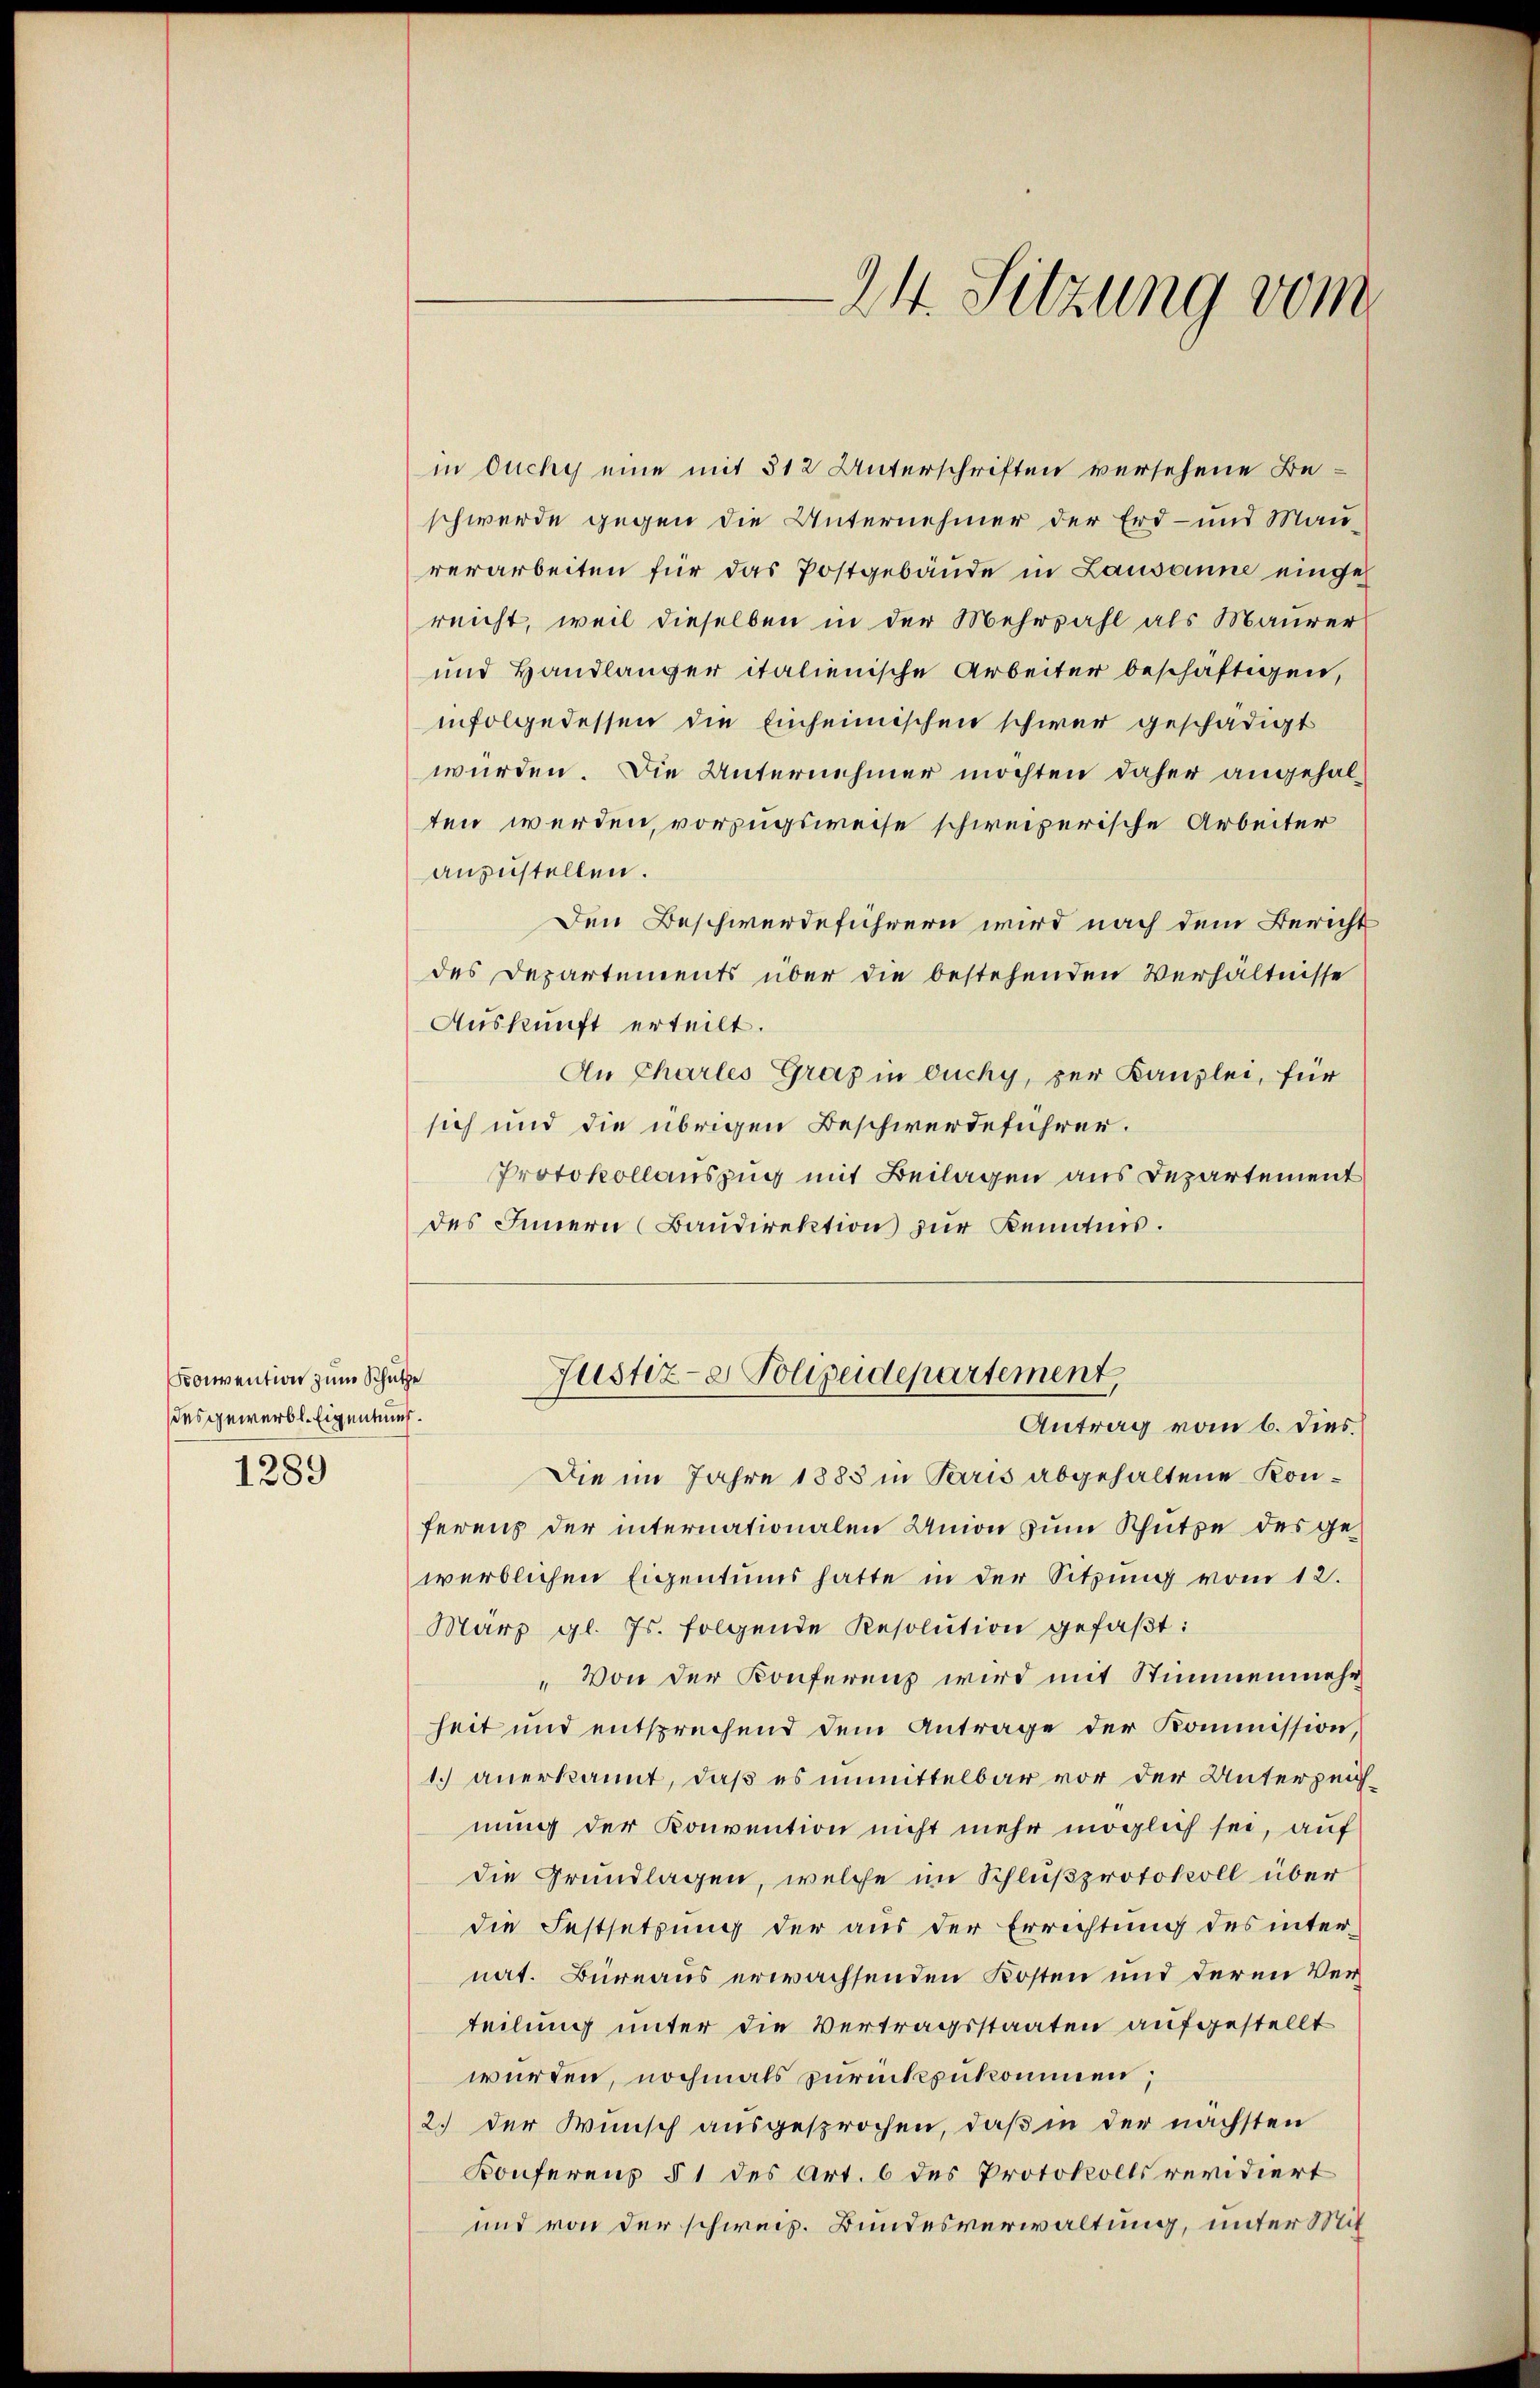
Konvention zum Schütze
des gewerbt. Eigentuch.
1289

in Duchy eine mit 312 Unterschriften versehene Beschwerde gegen die Unternehmer der Erd- und Mauverarbeiten für das Postgebäŭde in Lausanne eingeh
reicht, weil dieselben in der Mehrzahl als Maurer
und Handlanger italienische Arbeiter beschäftigen,
infolgedessen die Einheimischen schwer geschädigt
würden. Die Unternehmer möchten daher angehalten werden, vorzugsweise schweizerische Arbeiter
anzustellen.
Den Beschwerdeführern wird nach dem Bericht
des Departements über die bestehenden Verhältnisse
Auskunft erteilt.
An Chartes Graz in Duchy, zur Kanzlei, für
sich und die übrigen Beschwerdeführer.
Protokollauszug mit Beilagen aus Departement
des Innern (Baudirektion zur Kenntnis.

24. Sitzung vom

Die im Jahre 1883 in Paris abgehaltene Konferens der internationalen Union zum Schütze des gewerblichen Eigentums hatte in der Sitzung vom 12.
März gl. Js. folgende Resolution gefaβt:
„Von der Konferenz wird mit Stimmenmehr
heit und entsprechend dem Antrage der Kommission,
1. anerkannt, daß es unmittelbar vor der Unterzeichnung der Konvention nicht mehr möglich sei, auf
die Grundlagen, welche im Schlußprotokoll über
die Festsetzung der aus der Errichtung des inter-
nat. Büreaus erwachsenden Kosten und deren Verteilung unter die Vertragsstaaten aufgestellt
würden, nochmals zurückzukommen;
2.) Der Wunsch ausgesprochen, daß in der nächsten
Konferenz § 1 des Art. 6 des Protokolls revidiert
und von der schweiz. Bundesverwaltung, unter Mit¬

Justiz- & Polizeidepartement,
Antrag vom 6. dies.